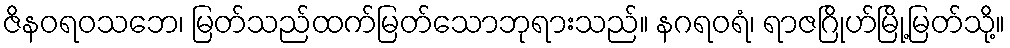
ဇိနဝရဝသဘေ၊ မြတ်သည်ထက်မြတ်သောဘုရားသည်။ နဂရဝရံ၊ ရာဇဂြိုဟ်မြို့မြတ်သို့။